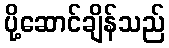
ပို့ဆောင်ချိန်သည်